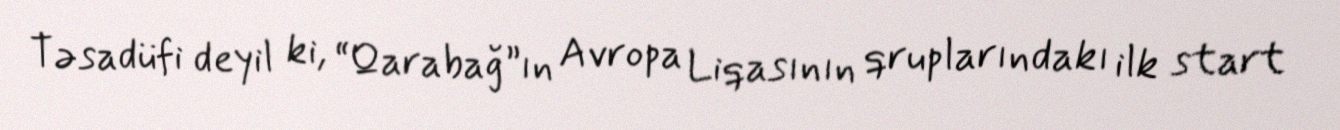
Təsadüfi deyil ki, “Qarabağ”ın Avropa Liqasının qruplarındakı ilk start